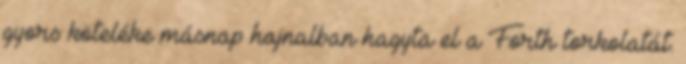
gyors köteléke másnap hajnalban hagyta el a Forth torkolatát.